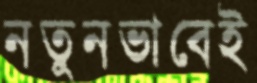
নতুনভাবেই